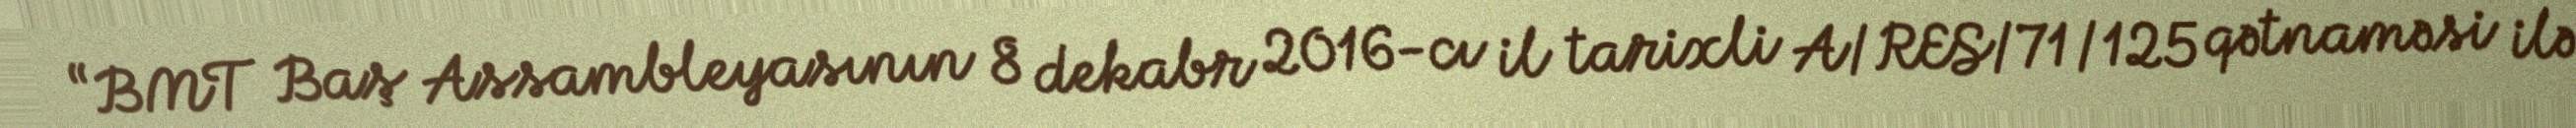
“BMT Baş Assambleyasının 8 dekabr 2016-cı il tarixli A/RES/71/125 qətnaməsi ilə